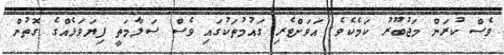
ވެސް ކުރަން މަޖުބޫރު ކަމެކެވެ. އަވަށްޓެރި ގައުމުތަކުގައި ވެސް ސަލާމަތީ ފިޔަވަޅެއްގެ ގޮތުން